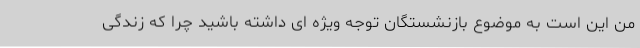
من این است به موضوع بازنشستگان توجه ویژه ای داشته باشید چرا که زندگی